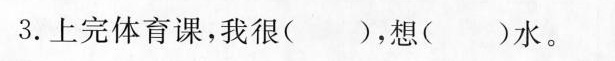
3.上完体育课，我很( )，想( )水。